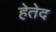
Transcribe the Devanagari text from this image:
हेतेद